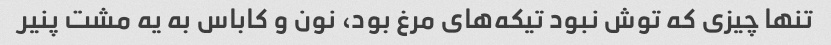
تنها چیزی که توش نبود تیکه‌های مرغ بود، نون و کاباس به یه مشت پنیر